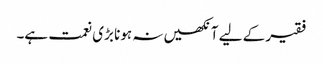
فقیر کے لیے آنکھیں نہ ہونا بڑی نعمت ہے۔